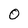
Character: 0